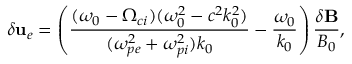
\delta { \bf u } _ { e } = \left( \frac { ( \omega _ { 0 } - \Omega _ { c i } ) ( \omega _ { 0 } ^ { 2 } - c ^ { 2 } k _ { 0 } ^ { 2 } ) } { ( \omega _ { p e } ^ { 2 } + \omega _ { p i } ^ { 2 } ) k _ { 0 } } - \frac { \omega _ { 0 } } { k _ { 0 } } \right) \frac { \delta { \bf B } } { B _ { 0 } } ,